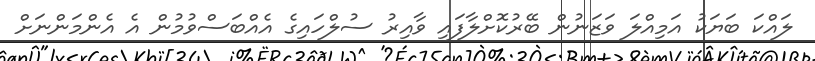
ލައްކަ ބަޔަކު އަމިއްލަ ވަޒަނުން ބޭރުކޮށްލާފައި ވާއިރު ސުލްހައިގެ އެއްބަސްވުމުން އެ އެންމަންނަށް